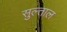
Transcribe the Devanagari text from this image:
सुल्ताल